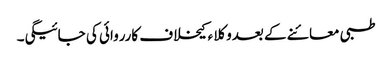
طبی معائنے کے بعدوکلا ء کیخلاف کارروائی کی جائیگی۔